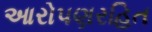
આરોપણરહિત